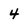
Character: 4